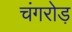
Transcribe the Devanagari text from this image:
चंगरोड़